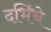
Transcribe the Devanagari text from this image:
दभिंचे